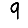
Digit: 9